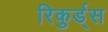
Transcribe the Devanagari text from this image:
रिकुर्ड्स